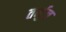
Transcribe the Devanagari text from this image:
तर्मुज